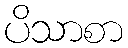
ပိသာစာ